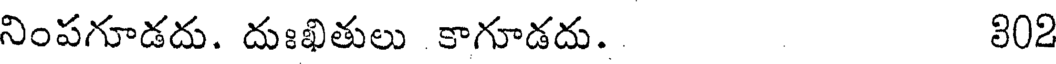
నింపగూడదు. దుఃఖితులు కాగూడదు. 302